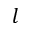
l